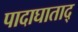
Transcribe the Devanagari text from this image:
पादाघाताद्